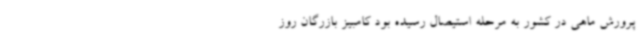
پرورش ماهی در کشور به مرحله استیصال رسیده بود کامبیز بازرگان روز